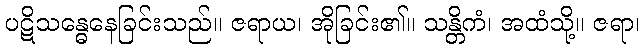
ပဋိသန္ဓေနေခြင်းသည်။ ဇရာယ၊ အိုခြင်း၏။ သန္တိကံ၊ အထံသို့။ ဇရာ၊